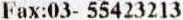
FAX:03- 55423213